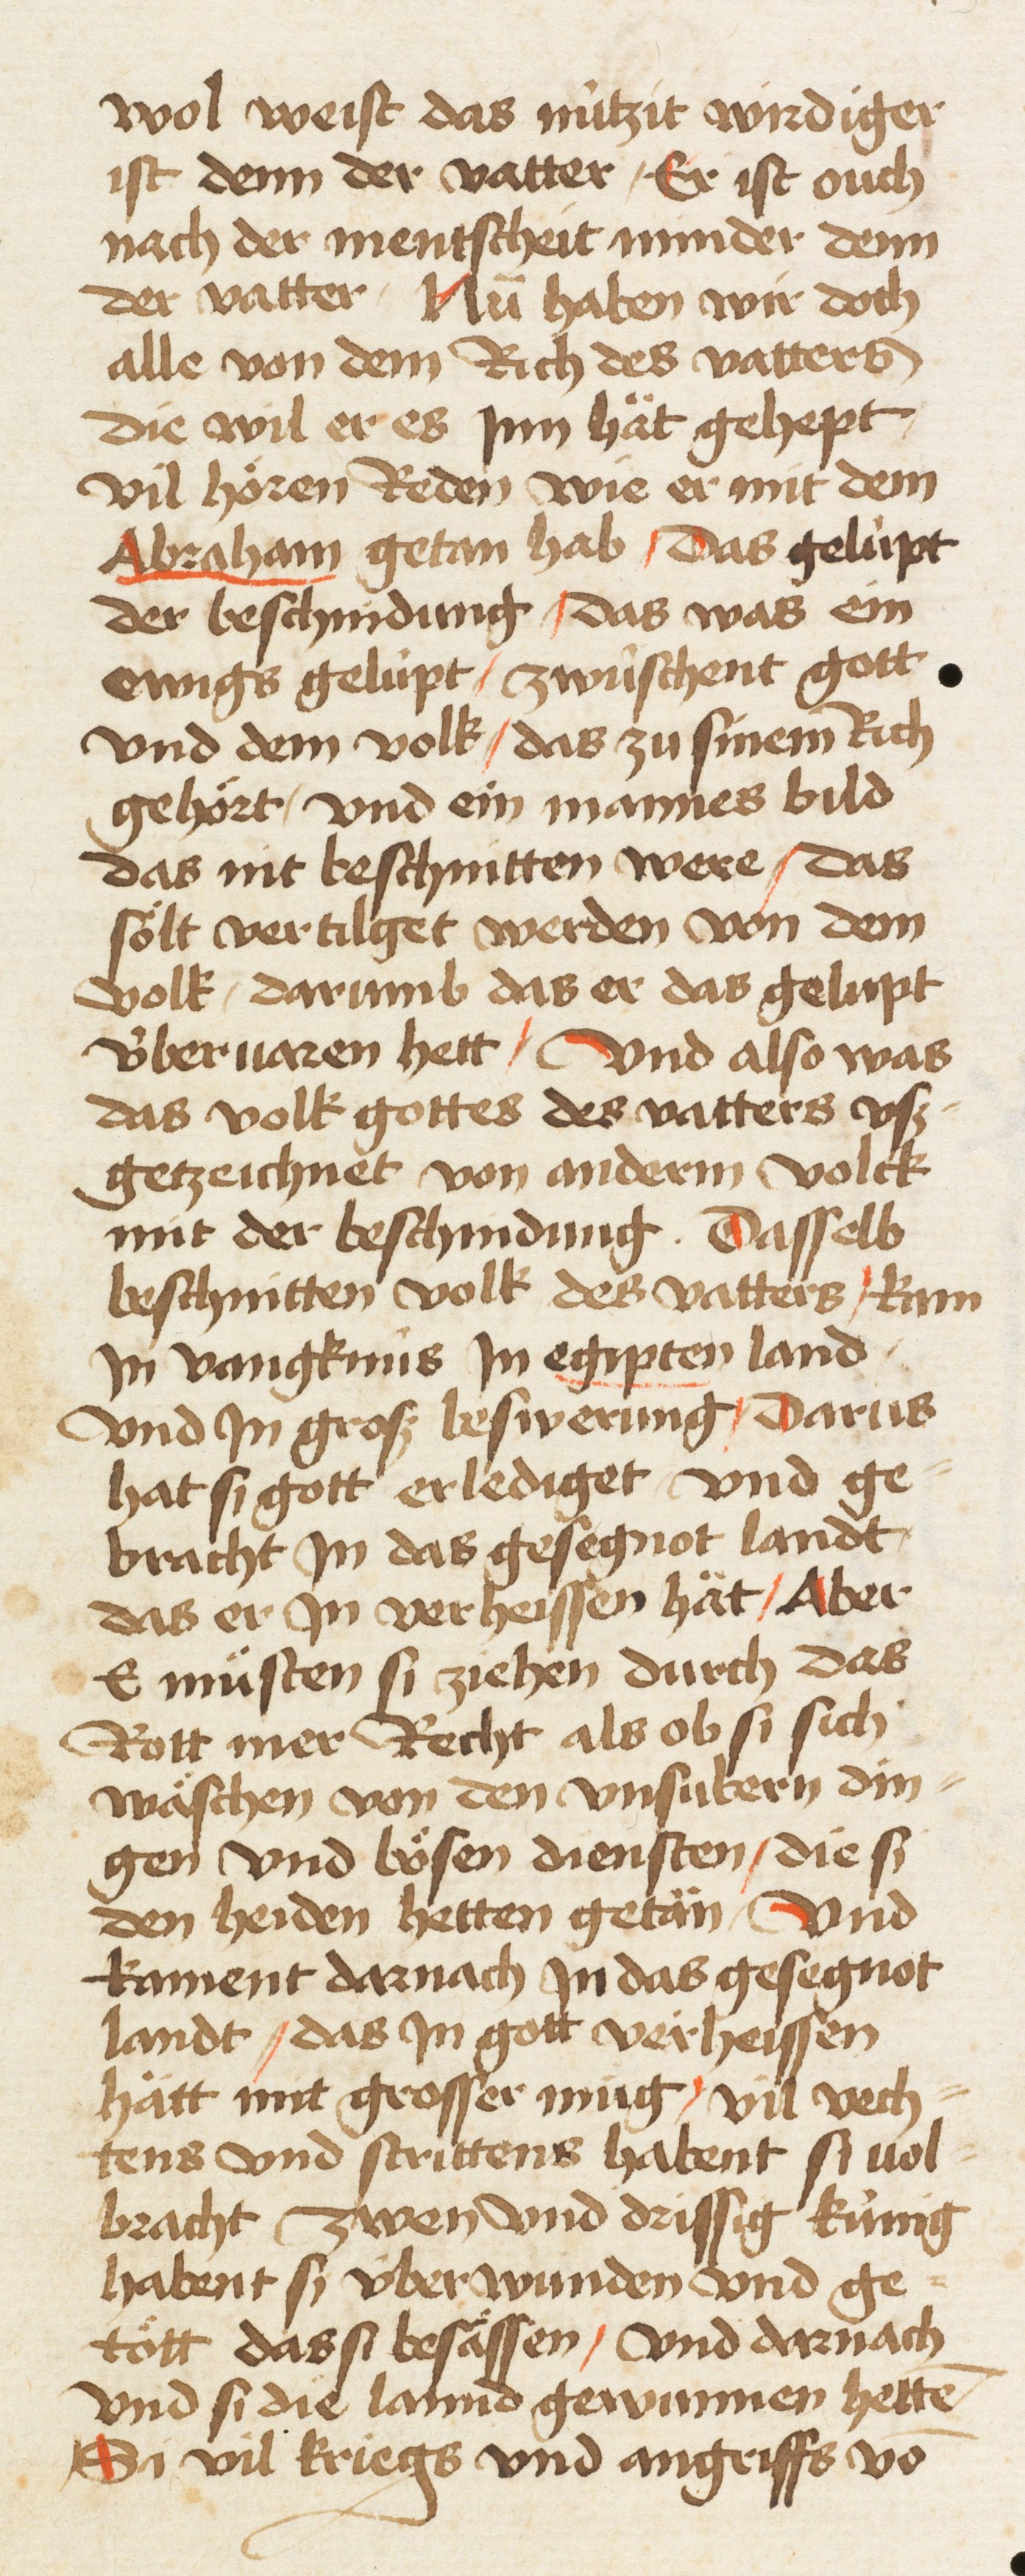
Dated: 1461–1461